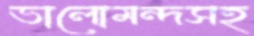
ভালোমন্দসহ